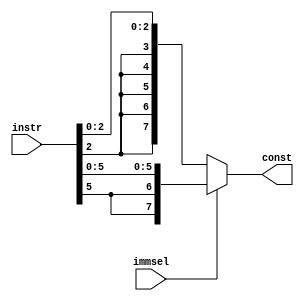
module ImmGen(
      input [7:0] instr,
      input immsel,
      output reg[7:0] const

    );
     
     reg [5:0] const1; //relative jump address 
     reg [2:0] shamt;   //shift amount
    always @(*)
     begin 
      if(immsel == 0) // 
        begin 
          shamt = instr[2:0];
          const = $signed(shamt);
        end
      else 
        begin 
          const1 = instr[5:0];
          const =  $signed(const1);
        end
     end
          
endmodule